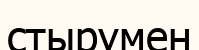
стырумен